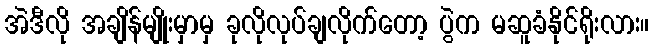
အဲဒီလို အချိန်မျိုးမှာမှ ခုလိုလုပ်ချလိုက်တော့ ပွဲက မဆူခံနိုင်ရိုးလား။